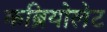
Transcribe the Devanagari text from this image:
कब्रियोलेट